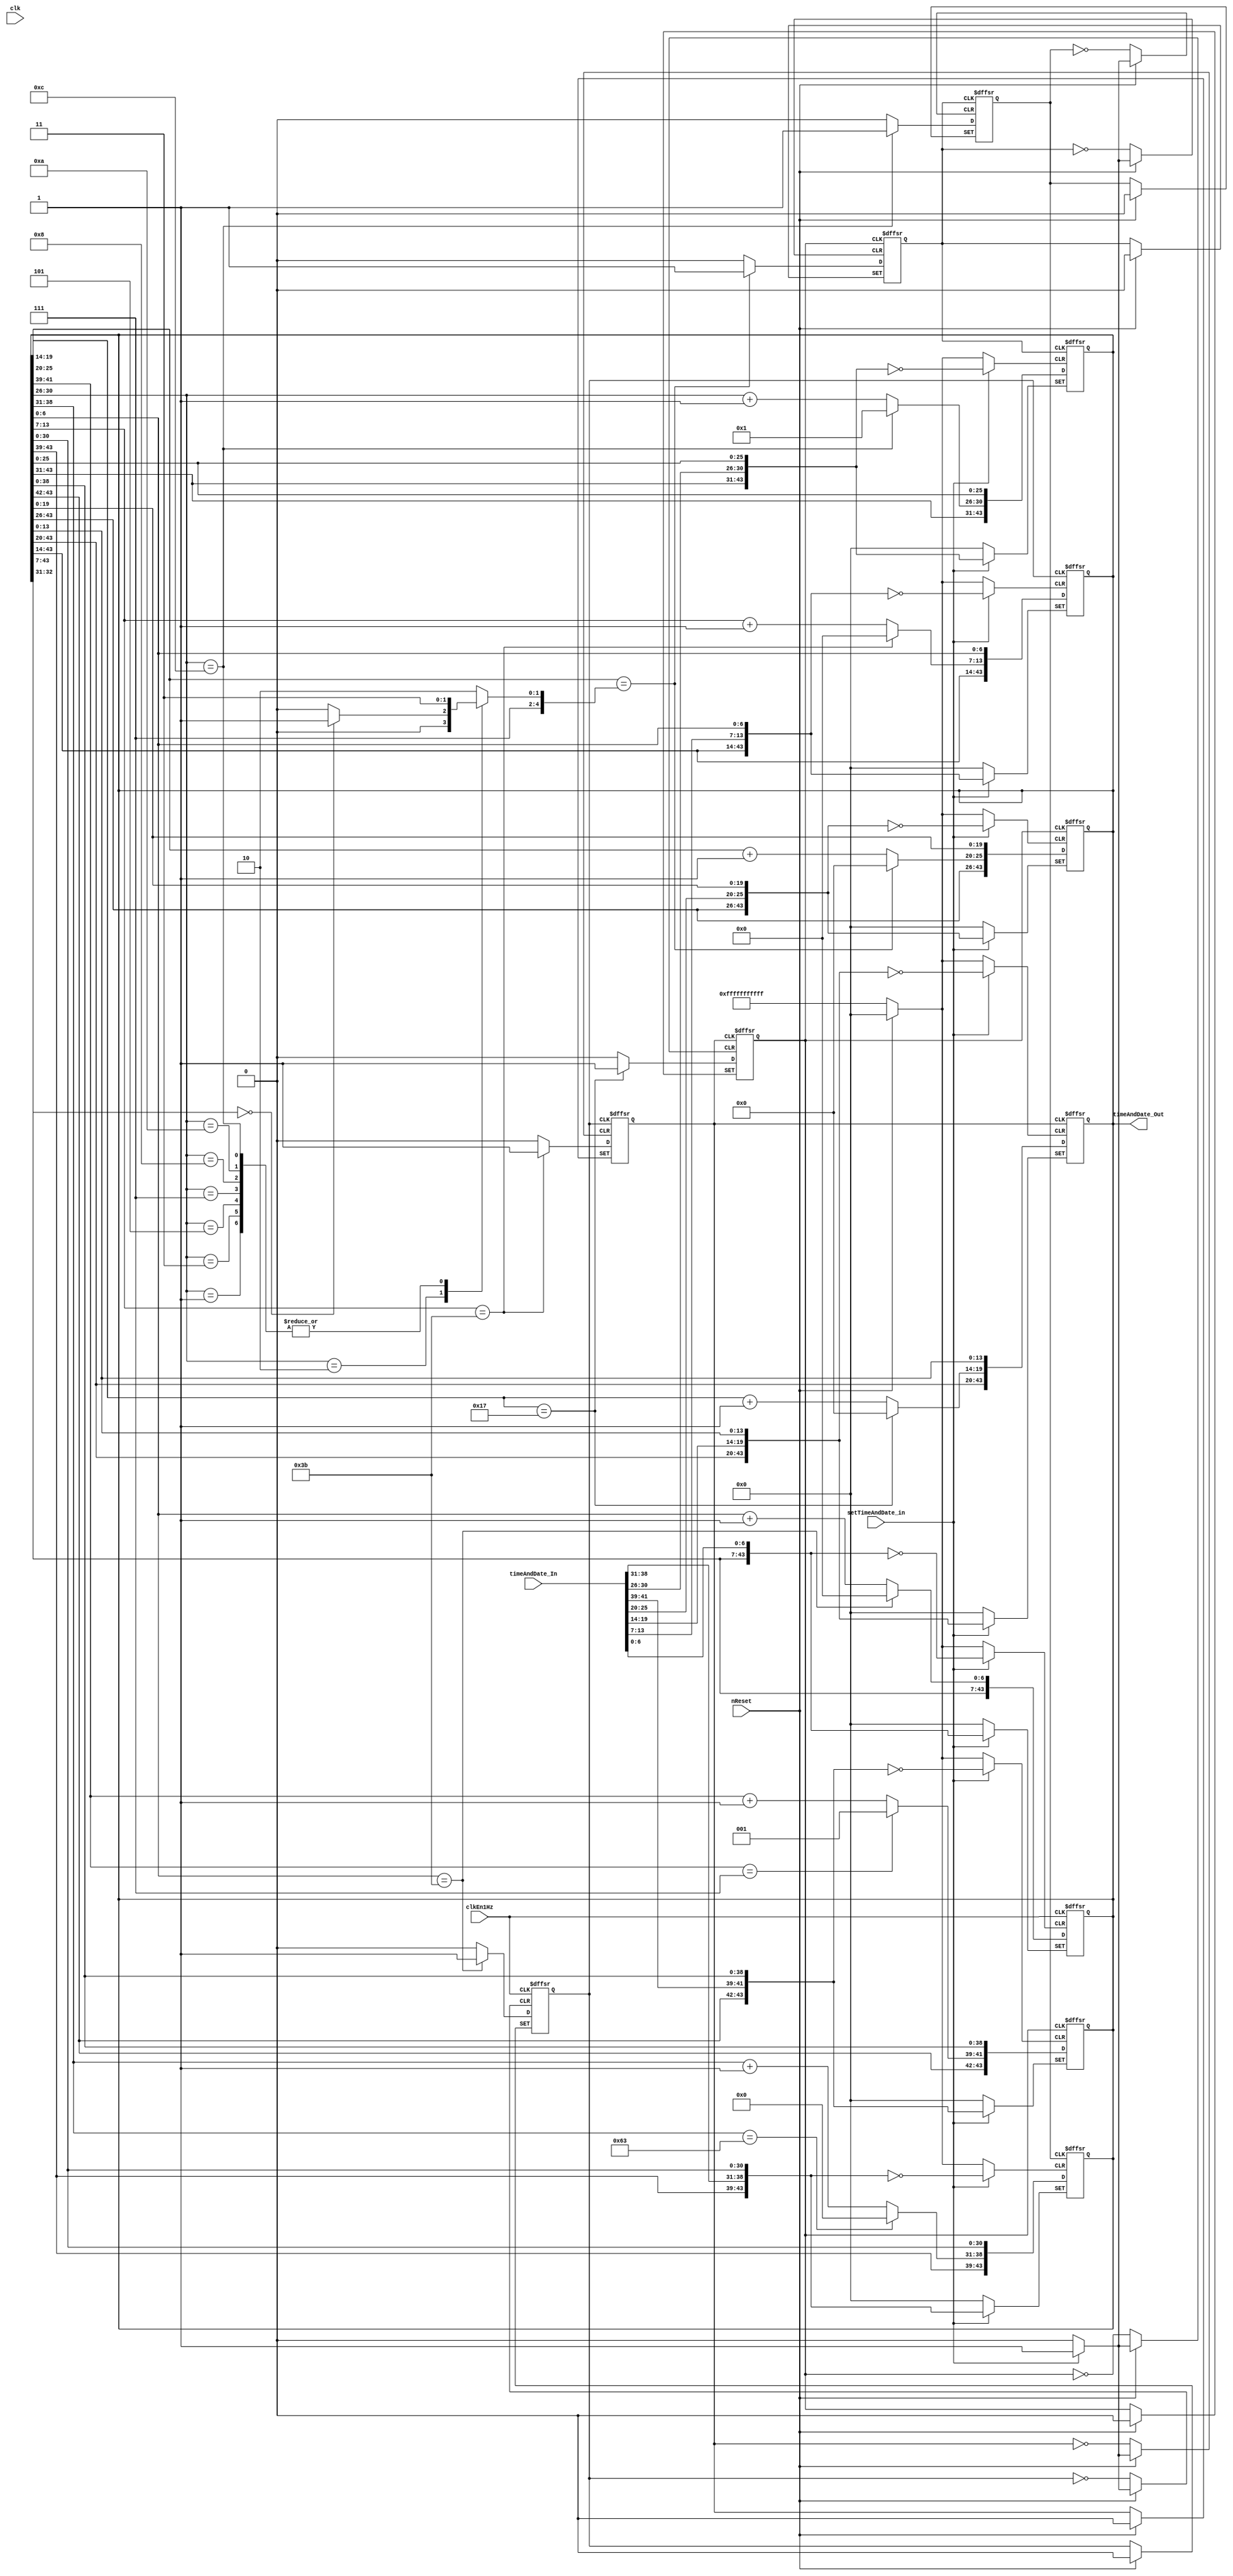
// ------------------------------------------------------------------------- --
// Title         : Clockwork
// Project       : Praktikum FPGA-Entwurfstechnik
// ------------------------------------------------------------------------- --
// Company       : IDS RWTH Aachen 
// ------------------------------------------------------------------------- --
// Description   : Clockwork for a DCF77 radio-controlled clock
// ------------------------------------------------------------------------- --
// Revisions     :
// Date        Version  Author  Description
// 2018/08/16  1.0      SH      Created
// 2018/09/20  1.1      TS      Clean up, comments
// ------------------------------------------------------------------------- --

module timeAndDateClock(input clk,                // global 10Mhz clock
                        input clkEn1Hz,           // 1Hz clock
                        input nReset,             // asynchronous reset (active low)  
                        input setTimeAndDate_in,  
                        input[43:0] timeAndDate_In,     
                        output reg[43:0] timeAndDate_Out);   

// ---------- YOUR CODE HERE ---------- 

reg min_carry,hour_carry,day_carry,mon_carry,year_carry;         
reg[4:0] date; // 5'b1_1111=31 This is the number of days in each month
wire year_4;

// This is for the judgement of leap year. Because there are only two digits of years which means there are only 100 years.
assign year_4=(timeAndDate_Out[32:31]==2'b0); //This is the first two bits of the year. If year_4 == 1, then it is a leap.

always@(posedge setTimeAndDate_in or posedge clkEn1Hz or negedge nReset ) //sec
   begin
       if(!nReset)
             begin    
               timeAndDate_Out[43:0] <= 43'b0;
               //timeAndDate_Out[6:0] <= 7'b0;      // if trigger an reset, then set registers to 0.
             end
       else if(setTimeAndDate_in)  
             begin
               timeAndDate_Out[6:0] <= timeAndDate_In[6:0]; // If the "setTimeAndDate_in==1", then registers should accept values.
               min_carry <= 1'b0;
             end
       else if((timeAndDate_Out[6:0] == 7'd59))     //When seconds is 59s, then set second to 0 and minute_carry to 1.
             begin
               timeAndDate_Out[6:0] <= 7'd0;
               min_carry <= 1'b1;
             end
       else
             begin
                timeAndDate_Out[6:0] <= timeAndDate_Out[6:0] + 1;
                min_carry <= 1'b0;
             end
   end

   always@(posedge min_carry or posedge setTimeAndDate_in or negedge nReset) //min
     begin
        if(!nReset)
              begin    
               timeAndDate_Out[43:0] <= 43'b0;
               //timeAndDate_Out[13:7] <= 7'b0;      // if trigger an reset, then set registers to 0.
              end
        else if(setTimeAndDate_in)  
              begin
                timeAndDate_Out[13:7] <= timeAndDate_In[13:7]; // If the "setTimeAndDate_in==1", then registers should accept values.
                hour_carry <= 1'b0;
              end
        else if((timeAndDate_Out[13:7] == 7'd59))     //When minutes is 59 min, then set minutes to 0 and hour_carry to 1.
              begin
                timeAndDate_Out[13:7] <= 7'd0;
                hour_carry <= 1'b1;
              end
        else
              begin
                 timeAndDate_Out[13:7] <= timeAndDate_Out[13:7] + 1;
                 hour_carry <= 1'b0;
              end
     end

     always@(posedge hour_carry or posedge setTimeAndDate_in or negedge nReset) //hour
         begin
            if(!nReset)
                  begin    
                    timeAndDate_Out[43:0] <= 43'b0;
                    //timeAndDate_Out[19:14] <= 6'b0;      // if trigger an reset, then set registers to 0.
                  end
            else if(setTimeAndDate_in)  
                  begin
                    timeAndDate_Out[19:14] <= timeAndDate_In[19:14]; // If the "setTimeAndDate_in==1", then registers should accept values.
                    day_carry <= 1'b0;
                  end
            else if((timeAndDate_Out[19:14] == 6'd23))     //When time is 23:59, then set hour to 0 and day_carry to 1.
                  begin
                    timeAndDate_Out[19:14] <= 6'd0;
                    day_carry <= 1'b1;
                  end
            else
                  begin
                     timeAndDate_Out[19:14] <= timeAndDate_Out[19:14] + 1;
                     day_carry <= 1'b0;
						end
         end    

      always@(posedge day_carry or posedge setTimeAndDate_in or negedge nReset)   //day
         begin
            if(!nReset)
                  begin    
                    timeAndDate_Out[43:0] <= 43'b0;
                    //timeAndDate_Out[25:20] <= 6'b0;      // if trigger an reset, then set registers to 0.
                  end
            else if(setTimeAndDate_in)  
                  begin
                    timeAndDate_Out[25:20] <= timeAndDate_In[25:20]; // If the "setTimeAndDate_in==1", then registers should accept values.
                    mon_carry <= 1'b0;
                  end
            else if((timeAndDate_Out[25:20] == date))     //When days is equal to "date", then set day to 0 and mon_carry to 1.
                  begin
                    timeAndDate_Out[25:20] <= 6'd0;
                    mon_carry <= 1'b1;
                  end
            else
                  begin
                     timeAndDate_Out[25:20] <= timeAndDate_Out[25:20] + 1;
                     mon_carry <= 1'b0;
						end
         end

     always@(posedge day_carry or posedge setTimeAndDate_in or negedge nReset) //The day of the week: Monday, Tuesday...
         begin
              if(!nReset)
                 begin
                   timeAndDate_Out[43:0] <= 43'b0;
                   //timeAndDate_Out[41:39]<=3'd0;  //Reset -> set all registers to 0.
                 end
              else if(setTimeAndDate_in)
                 begin
                   timeAndDate_Out[41:39]<=timeAndDate_In[41:39];
                 end
              else if(timeAndDate_Out[41:39]==7) // 7 means sunday. 1 means Monday.
                 begin
                   timeAndDate_Out[41:39]<=1;
                 end
              else
                  begin
                   timeAndDate_Out[41:39]<=timeAndDate_Out[41:39]+1;
                  end  
         end        

     always@(posedge mon_carry or posedge setTimeAndDate_in or negedge nReset) //month
         begin
            if(!nReset)
                  begin    
                   timeAndDate_Out[43:0] <= 43'b0;
                   // timeAndDate_Out[30:26] <= 5'b0;      // if trigger an reset, then set registers to 0.
                  end
            else if(setTimeAndDate_in)  
                  begin
                    timeAndDate_Out[30:26] <= timeAndDate_In[30:26]; // If the "setTimeAndDate_in==1", then registers should accept values.
                    year_carry <= 1'b0;
                  end
            else if((timeAndDate_Out[30:26] == 5'd12))     //When month is equal to 12, then set month to 1 and year_carry to 1.
                  begin
                    timeAndDate_Out[30:26] <= 5'd1;
                    year_carry <= 1'b1;
                  end
            else
                  begin
                     timeAndDate_Out[30:26] <= timeAndDate_Out[30:26] + 1;
                     year_carry <= 1'b0;
						end
         end

      always@(posedge year_carry or posedge setTimeAndDate_in or negedge nReset)//year
          begin
           if(!nReset)
                begin
                   timeAndDate_Out[43:0] <= 43'b0;
                  //timeAndDate_Out[38:31] <= 8'b0;      // if trigger an reset, then set registers to 0.
                end
           else if(setTimeAndDate_in)
                begin
                  timeAndDate_Out[38:31] <= timeAndDate_In[38:31]; // If the "setTimeAndDate_in==1", then registers should accept values.
                end
           else if(timeAndDate_Out[38:31] == 8'd99)    // When the year is 99, then set the year to 0.           
              begin
                  timeAndDate_Out[38:31] <= 8'd0;        
              end
           else 
              begin
                  timeAndDate_Out[38:31] <= timeAndDate_Out[38:31]+1;               
              end
			  end

   always@(*)
        begin 
          case(timeAndDate_Out[30:26]) 
           5'd1:date=31; 
           5'd2: 
              begin 
                if(year_4)
                  date=29;
                else
                  date=28;
                end
           5'd3:date=31;
           5'd4:date=30;
           5'd5:date=31; 
           5'd6:date=30;
           5'd7:date=31;
           5'd8:date=31; 
           5'd9:date=30;
           5'd10:date=31;
           5'd11:date=30; 
           5'd12:date=31;
           default:date=30; 
         endcase 
       end     
endmodule